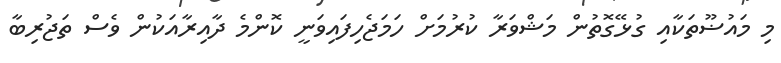
މި މައުޟޫތަކާއި ގުޅޭގޮތުން މަޝްވަރާ ކުރުމަށް ހަމަޖެހިފައިވަނީ ކޮންމެ ދާއިރާއަކުން ވެސް ތަޖުރިބާ